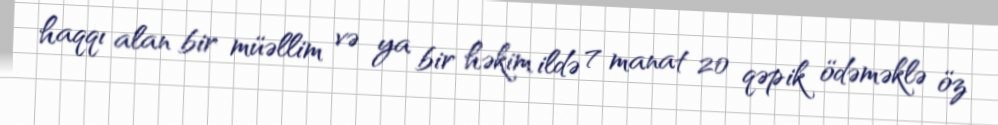
haqqı alan bir müəllim və ya bir həkim ildə 7 manat 20 qəpik ödəməklə öz